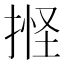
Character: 𢯑